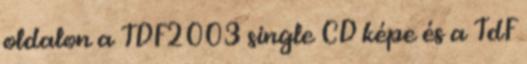
oldalon a TDF2003 single CD képe és a TdF